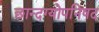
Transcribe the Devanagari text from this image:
छान्दग्योपनिषद